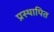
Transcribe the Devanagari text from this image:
प्रस्‍थापित